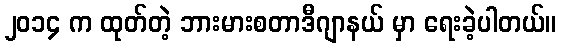
၂၀၁၄ က ထုတ်တဲ့ ဘားမားစတာဒီဂျာနယ် မှာ ရေးခဲ့ပါတယ်။